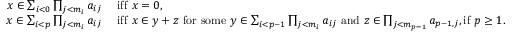
\begin{array} { r l } { x \in \sum _ { i < 0 } \prod _ { j < { m _ { i } } } a _ { i j } } & { \mathrm { ~ i f f ~ } x = 0 , } \\ { x \in \sum _ { i < p } \prod _ { j < { m _ { i } } } a _ { i j } } & { \mathrm { ~ i f f ~ } x \in y + z \mathrm { ~ f o r ~ s o m e ~ } y \in \sum _ { i < { p - 1 } } \prod _ { j < { m _ { i } } } a _ { i j } \mathrm { ~ a n d ~ } z \in \prod _ { j < m _ { p - 1 } } a _ { { p - 1 } , j } , \mathrm { i f } \ p \geq 1 . } \end{array}